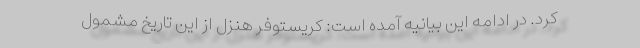
کرد. در ادامه این بیانیه آمده است: کریستوفر هنزل از این تاریخ مشمول